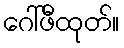
ဂေါ်ဖီထုတ်။